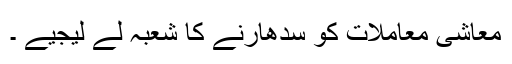
معاشی معاملات کو سدھارنے کا شعبہ لے لیجیے ۔